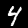
Digit: 4